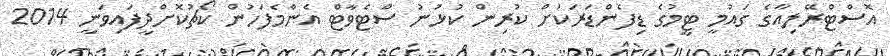
އޮސްޓްރޭލިއާގެ ގައުމީ ޓީމުގެ ޑިފެންޑަރަކަށް ކުރިން ކުޅުނު ސްޓެވާޓް އެންމެފަހުން ކޯޗުކޮށްދީފައިވަނީ 2014